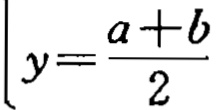
\[y = \frac{a + b}{2}\]